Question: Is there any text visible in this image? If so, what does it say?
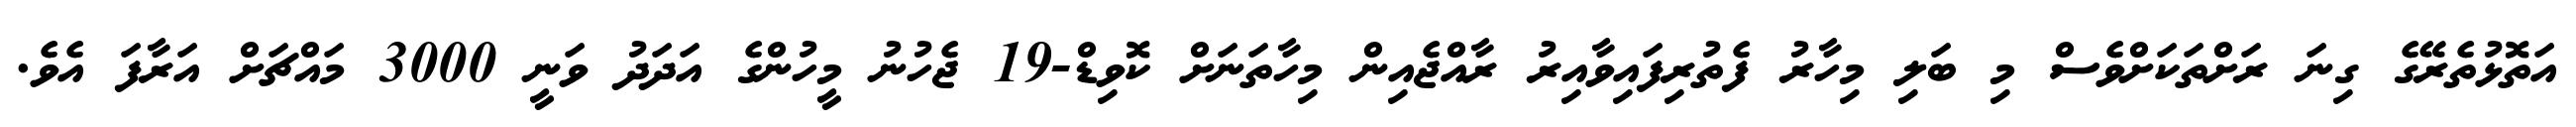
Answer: އަތޮޅުތެރޭގެ ގިނަ ރަށްތަކަށްވެސް މި ބަލި މިހާރު ފެތުރިފައިވާއިރު ރާއްޖެއިން މިހާތަނަށް ކޮވިޑް-19 ޖެހުނު މީހުންގެ އަދަދު ވަނީ 3000 މައްޗަށް އަރާފަ އެވެ.